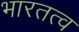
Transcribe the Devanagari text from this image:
भारतत्व